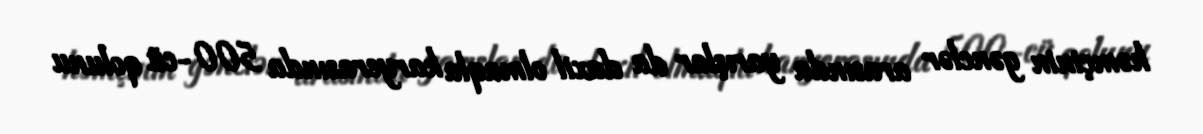
həmçinin gənclər arasında yarışlar da daxil olmaqla karyerasında 500-cü qolunu